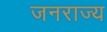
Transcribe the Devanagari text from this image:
जनराज्य